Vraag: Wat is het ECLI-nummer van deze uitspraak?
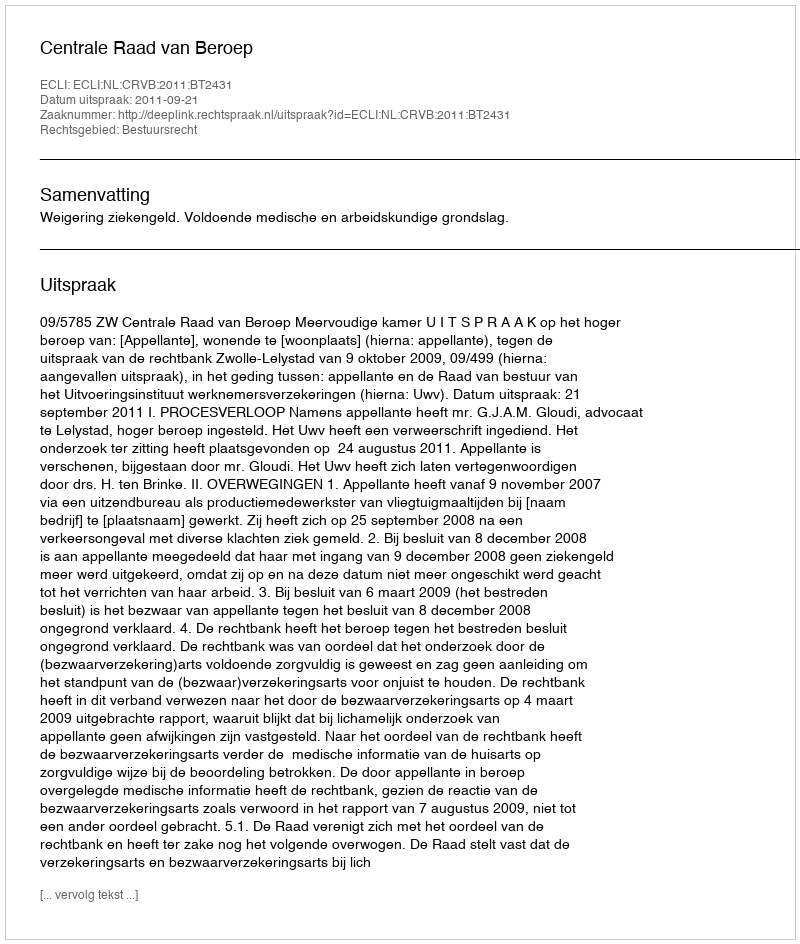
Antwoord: ECLI:NL:CRVB:2011:BT2431